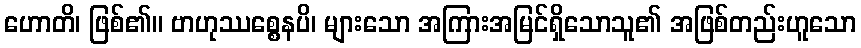
ဟောတိ၊ ဖြစ်၏။ ဗာဟုဿစ္စေနပိ၊ များသော အကြားအမြင်ရှိသောသူ၏ အဖြစ်တည်းဟူသော